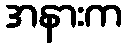
အနားက